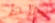
فقط